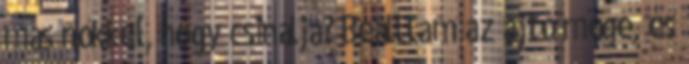
más nőkkel, hogy csinálja? Beálltam az ajtó mögé, és